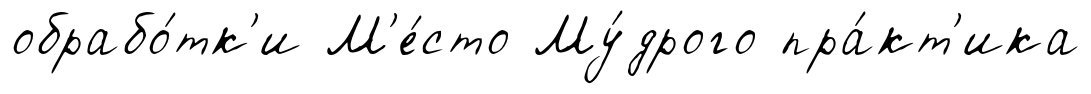
обрабо́тк'и М'е́сто Му́дрого пра́кт'ика